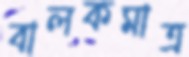
বালকমাত্র